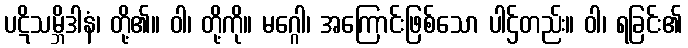
ပဋိသမ္ဘိဒါနံ၊ တို့၏။ ဝါ၊ တို့ကို။ မဂ္ဂေါ၊ အကြောင်းဖြစ်သော ပါဌ်တည်း။ ဝါ၊ ရခြင်း၏